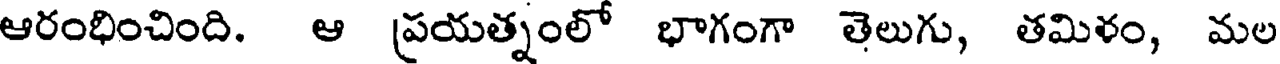
ఆరంభించింది. ఆ ప్రయత్నంలో భాగంగా తెలుగు, తమిళం, మల